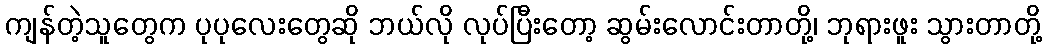
ကျန်တဲ့သူတွေက ပုပုလေးတွေဆို ဘယ်လို လုပ်ပြီးတော့ ဆွမ်းလောင်းတာတို့၊ ဘုရားဖူး သွားတာတို့